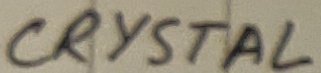
Text: CRYSTAL